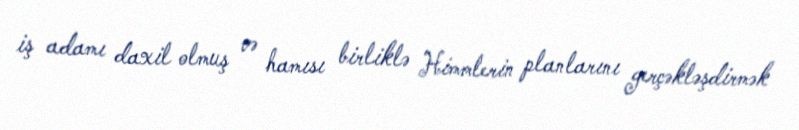
iş adamı daxil olmuş və hamısı birliklə Himmlerin planlarını gerçəkləşdirmək